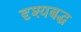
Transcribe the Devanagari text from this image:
दृश्यबद्ध